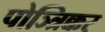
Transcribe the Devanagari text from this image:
पोञ्त्रिक्कर